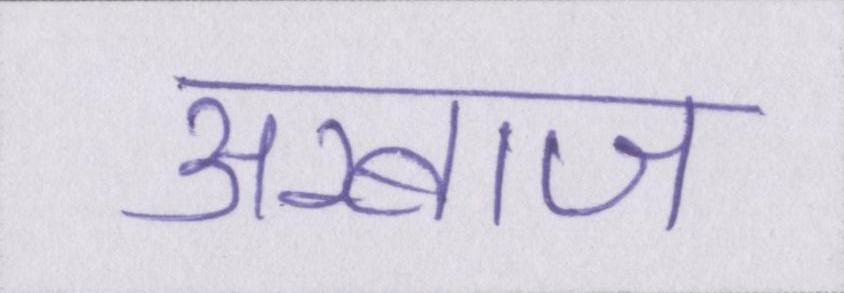
अरबाज